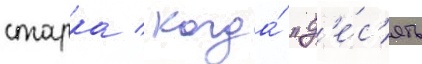
старка / когда́ "д'е́с'ять